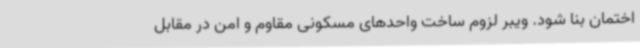
اختمان بنا شود. ویبر لزوم ساخت واحدهای مسکونی مقاوم و امن در مقابل